Vana-Antsla_vallavalitsus, lk 9
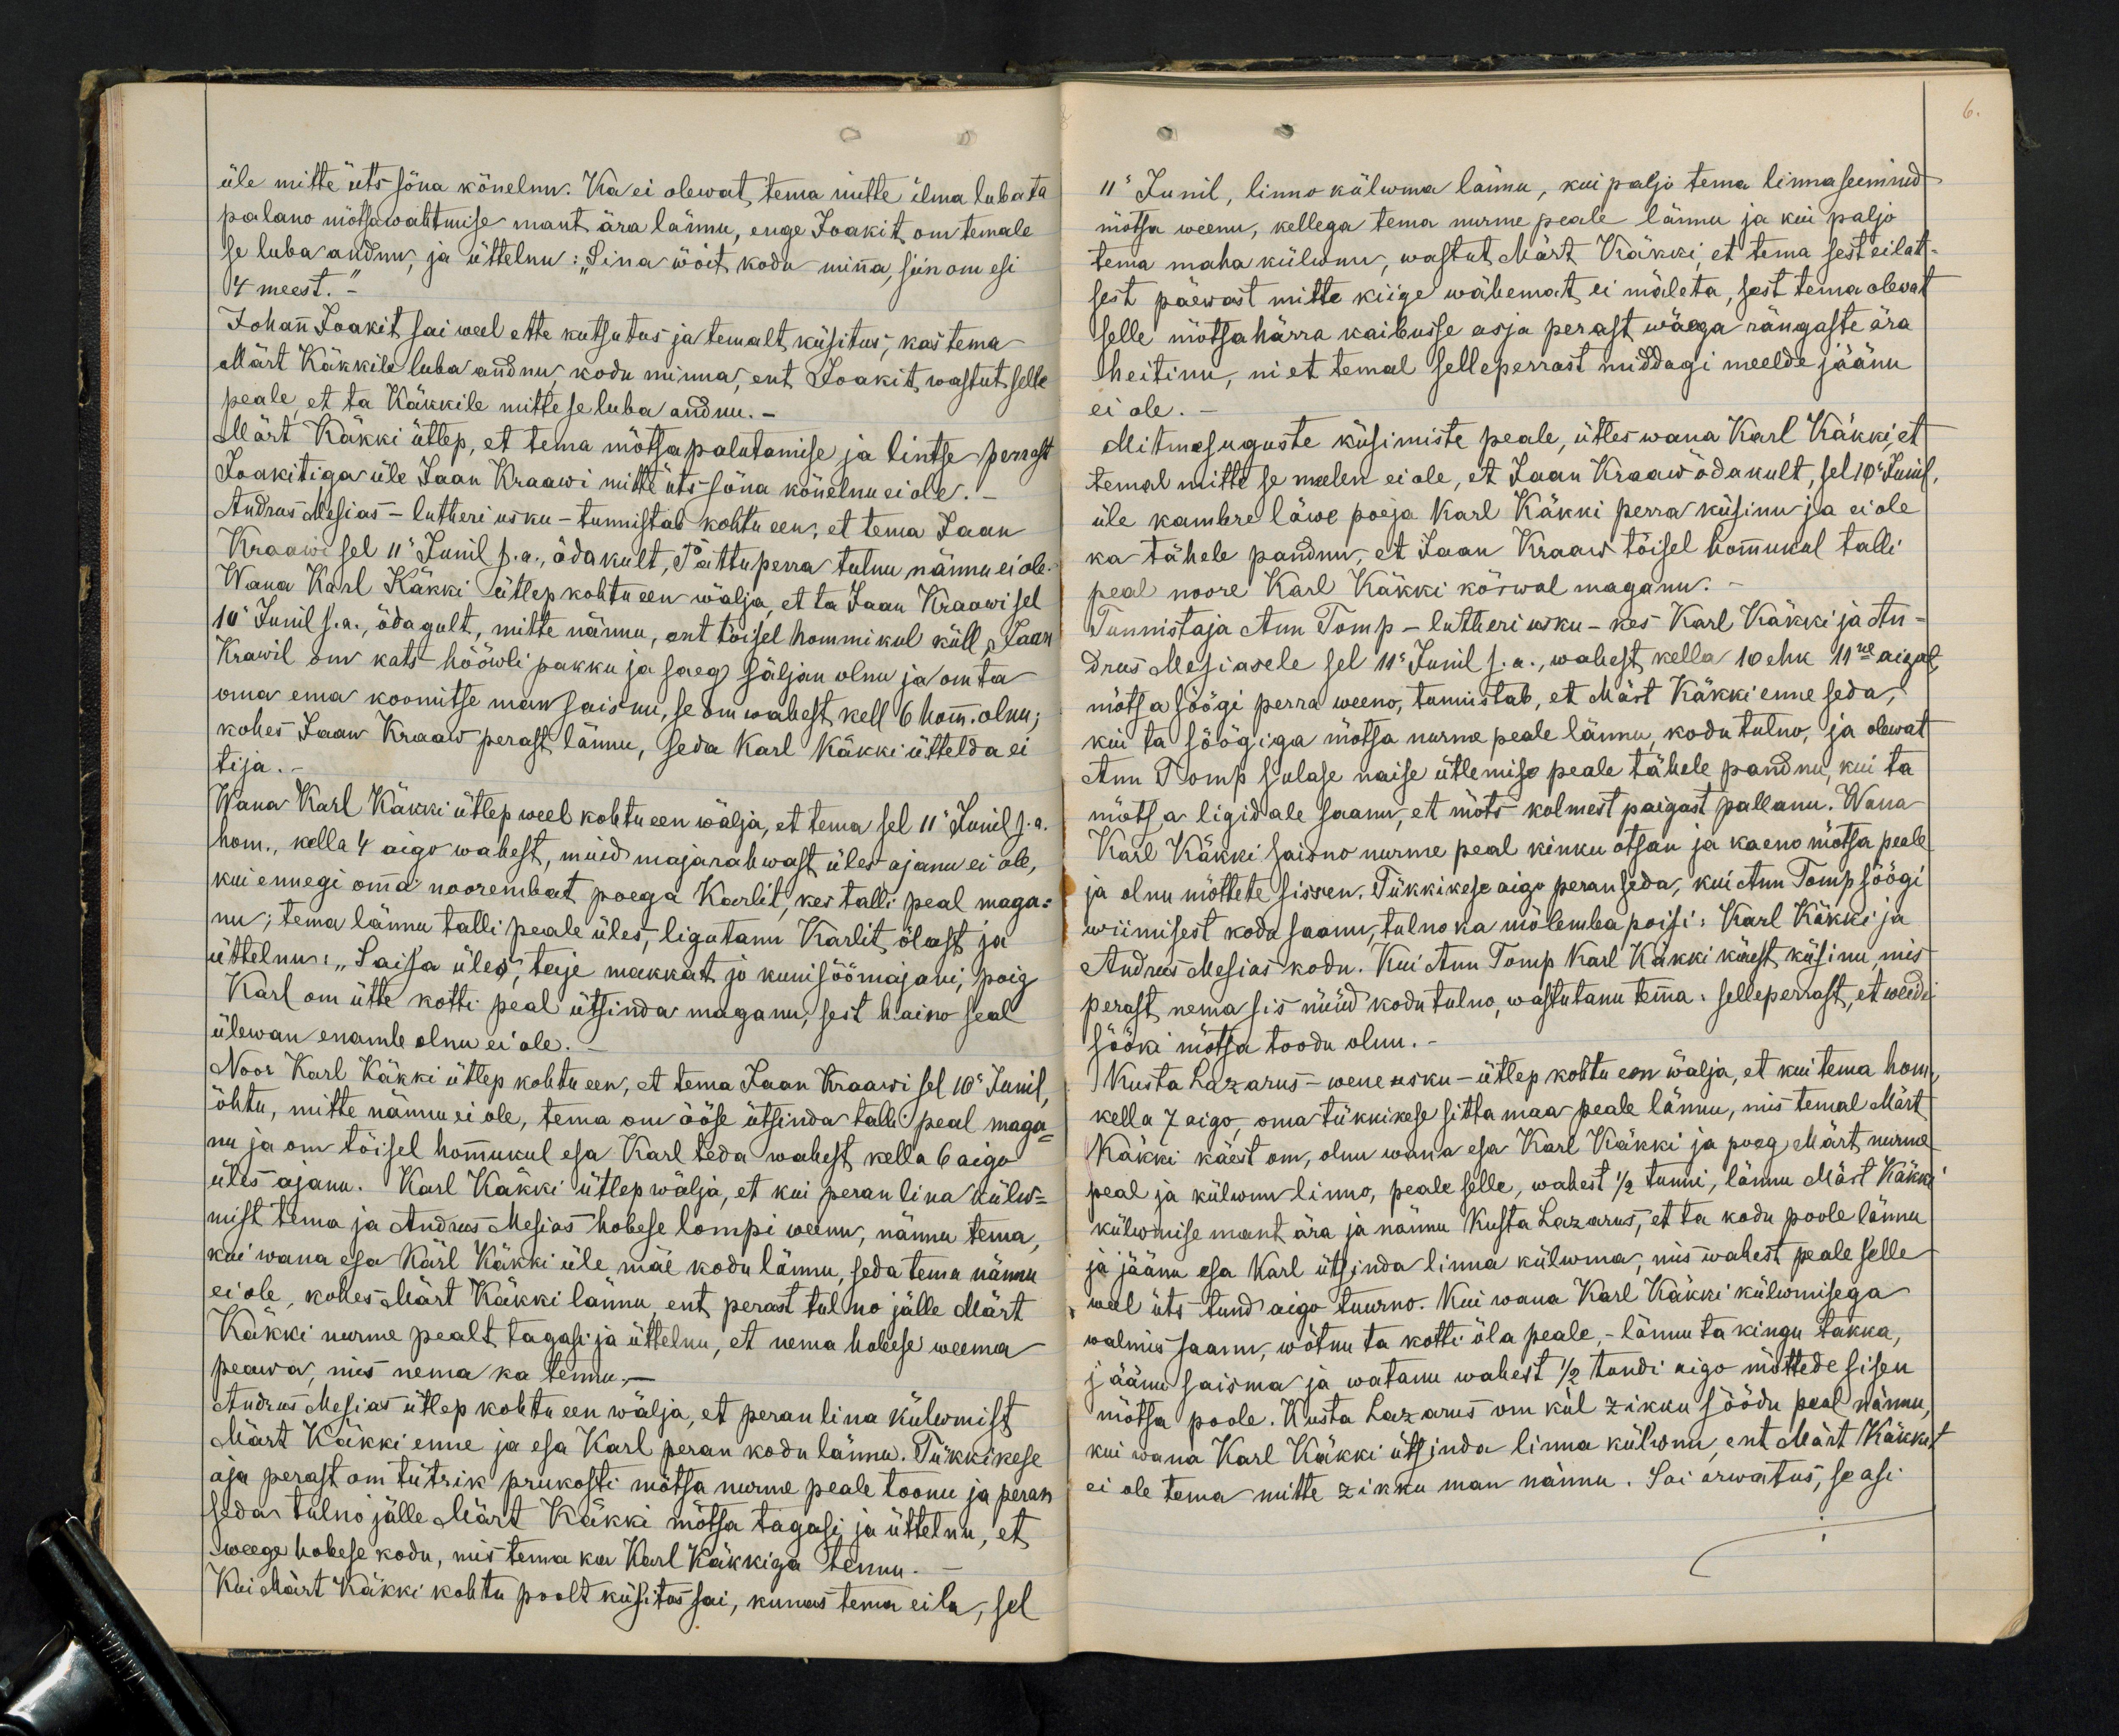
6.

üle mitte üts sõna kõnelnu. Ka ei olewat, tema mitte ilma lubata
palano mõtsawahtmise mant ära lännu, enge Joakit om temale
se luba andnu, ja üttelnu: "Sina wõit kodu minna, siin om esi
4 meest.
Johann Joakit sai weel ette kutsutas ja temalt küsitus, kas tema
Märt Käkkile luba andnu kodu minna, ent Joakit wastut selle
peale, et ta Käkkile mitte se luba andnu.
Märt Käkki ütlep, et tema mõtsapalutamise ja lintse perrast
Joakitiga üle Jaan Kraawi mitte üts sõna kõnelnu ei ole.
Andrus Mesias - lutheri usku - tunnistab kohtu een, et tema Jaan
Kraawi sel 11 Junil s.a. õdakult, Pättuperra tulnu nännu ei ole
Wana Karl Käkki ütlep kohtu een wälja, et ta Jaan Kraawi sel
10 Junil s.a. õdagult, mitte nännu, ent tõisel hommikul küll, Jaan
Krawil om kats hööwli pakku ja saeg säljan olnu ja om ta
oma ema koomitse man saisnu, se om wahest kell 6 homm. olnu;
kohes Jaan Kraaw perast lännu, seda Karl Käkki üttelda ei
tija.
Wana Karl Käkki ütlep weel kohtu een wälja, et tema sel 11 Junil s.a.
hom., kella 4 aigo wahest, muid majarahwast üles ajanu ei ole,
kui ennegi omma noorembat poega Karlit, kes talli peal maga-
nu; tema lännu talli peale üles, ligutanu Karlit õlast ja
üttelnu: "Saisa üles", teije makkat, ja kuni söömajani, poig
Karl om ütte kotti peal ütsinda magganu, sest haino seal
ülewan enamb olnu ei ole.
Noor Karl Käkki ütlep kohtu een, et tema Jaan Kraawi sel 10. Junil,
õhtu, mitte nännu ei ole, tema on ööse ütsinda talli peal maga-
nu ja om tõisel hommukul esa Karl teda wahest, kella 6 aigo
üles ajanu. Karl Käkki ütlep wälja, et kui peran lina külw-
mist tema ja Andrus Mesias hobese lompi weenu, nännu tema,
kui wana esa Kärl Käkki üle mäe kodu lännu, seda tema nännu
ei ole, kohes Märt Käkki lännu, ent perast tulno jälle Märt
Käkki nurme pealt tagasi ja üttelnu, et nema hobese weema
peawa, mis nema ka tennu,
Andrus Mesias ütlep kohtu een wälja, et peran lina külwmist
Märt Käkki enne ja esa Karl paran kodu lännu. Tükkikese
aja perast om tütrik prukosti mõtsa nurme peale toonu ja peran
seda tulno jälle Märt Käkki mõtsa tagasi ja üttelnu, et
weege hobese kodu, mis tema ka Karl Käkkiga tennu.
Kui Märt Käkki kohtu poolt küsitas sai, kunas tema eila, sel

11 Junil, linno külwma lännu, kui paljo tema linna seemned
mõtsa weenu, kellega tema nurme peale lännu ja kui paljo
tema maha külwanu, wastut Mart Käkki, et tema sest eilat-
sest päewast mitte kiige wähemat ei mäleta, sest tema olewat
selle mõtsahärra kaibusse asja perast wäega rängaste ära
heitinu, nii et temal selleperrast middagi meelde jäänu
ei ole.
Mitmesuguste küsimiste peale, ütles wana Karl Käkki, et
temal mitte se meelen ei ole, et Jaan Kraaw õdakult, sel 10 Junil
üle kambre läwe poeja Karl Käkki perra küsinu ja ei ole
ka tähele pandnu, et Jaan Kraaw tõisel hommukal talli
peal noore Karl Käkki kõrwal maganu.
Tunnistaja Ann Tomp - lutheri usku - kes Karl Käkki ja An-
drus Mesiasele sel 11 Junil s.a. wahest kella 10 ehk 11ne aigal,
mõtsa söögi perra weeno, tunnistab, et Märt Käkki enne seda,
kui ta söögiga mõtsa nurme peale lännu, kodu tulnu, ja olewat
Ann Tomp sulase naise ütlemise peale tähele pandnu, kui ta
mõtsa ligidale saanu, et mõts kolmest paigast pallanu. Wana
Karl Käkki saisno nurme peal kinku otsan ja kaeno mõtsa peale
ja olnu mõttete sissen. Tükkikese aigo peran seda, kui Ann Tomp söögi
wiimisest kodu saanu, tulno ka mõlemba poisi: Karl Käkki ja
Andrus Mesias kodu. Kui Ann Tomp Karl Käkki käest küsinu, mis
perast nema siis nüüd kodu tulno, wastutanu temma, selleperrast, et weidi
sööki mõtsa toodu olnu.
Kusta Lazarus - wene usku - ütlep kohtu een wälja, et kui tema hom.
kella 7 aigo, oma tükkikese sitta maa peale lännu, mis temal Märt
Käkki käest om, olnu wana esa Karl Käkku ja poeg Märt nurme
peal ja külwnu linno, peale selle, wahest 1/2 tunni, lännu Märt Käkki
külwmise mant ära ja näinu Kusta Lazarus, et ta kodu poole lännu
ja jäänu esa Karl ütsinda linna külwma, mis wahest peale selle
weel üts tund aigo tuurno. Kui wana Karl Käkki külwmisega
walmis saanu, wõtnu ta kotti õla peale, - lännu ta kingu takka,
jäänu saisma ja watanu wahest 1/2 tundi aigo mõttede sisen
mõtsa poole. Kusta Lazarus om kül zikku söödu peal nännu
kui wana Karl Käkki ütsinda linna külwnu, ent Märt Käkkit
ei ole tema mitte zikku man nännu. Sai arwatus, se asi